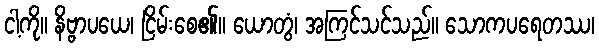
ငါ့ကို။ နိဗ္ဗာပယေ၊ ငြိမ်းစေ၏။ ယောတွံ၊ အကြင်သင်သည်။ သောကပရေတဿ၊